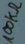
Text: 100kΩ